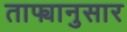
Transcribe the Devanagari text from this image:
ताफ्यानुसार